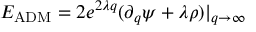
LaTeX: E _ { \mathrm { A D M } } = 2 e ^ { 2 \lambda q } ( \partial _ { q } \psi + \lambda \rho ) | _ { q \to \infty }